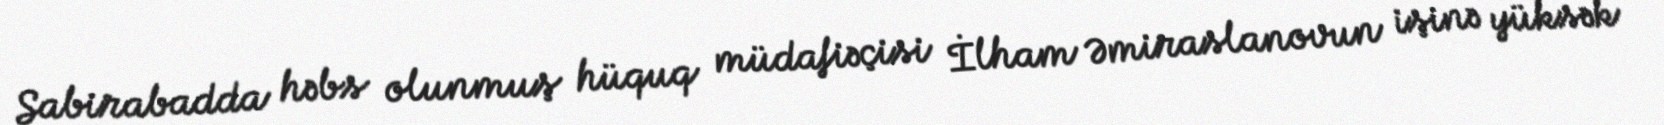
Sabirabadda həbs olunmuş hüquq müdafiəçisi İlham Əmiraslanovun işinə yüksək